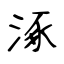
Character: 涿